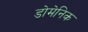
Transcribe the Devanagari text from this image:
डोमेनिक